Civil Veterinary Dept. Bombay admin report 1900-1906 - 1900-1906
Year: 1900
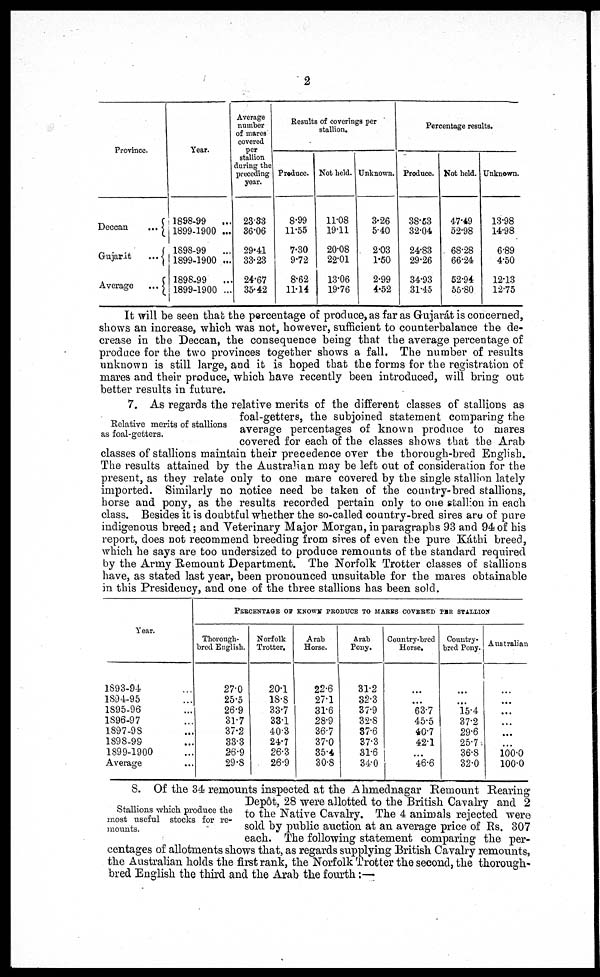
2
Province.
Dcccan
...
Gujarát
...
Average
...
Year.
1898-99 ...
1899-1900 ...
1898-99 ...
1899-1900 ...
1898.99 ...
1899-1900 ...
Average
number
of mares
covered
per
stallion
during the
preceding
year.
23.33
36.06
29.41
33.23
24.67
35.42
Results of coverings per
stallion.
Produce.
8.99
11.55
7.30
9.72
8.62
11.14
Not held.
11.08
19.11
20.08
22.01
13.06
19.76
Unknown.
3.26
5.40
2.03
1.50
2.99
4.52
Percentage results.
Produce.
38.53
32.04
24.83
29.26
34.93
31.45
Not held.
47.49
52.98
68.28
66.24
52.94
55.80
Unknown.
13.98
14.98
6.89
4.50
12.13
12.75
It will be seen that the percentage of produce, as far as Gujará is concerned,
shows an increase, which was not, however, sufficient to counterbalance the de-
crease in the Deccan, the consequence being that the average percentage of
produce for the two provinces together shows a fall. The number of results
unknown is still large, and it is hoped that the forms for the registration of
mares and their produce, which have recently been introduced, will bring out
better results in future.
Relative merits of stallions
as foal-getters.
7. As regards the relative merits of the different classes of stallions as
foal-getters, the subjoined statement comparing the
average percentages of known produce to mares
covered for each of the classes shows that the Arab
classes of stallions maintain their precedence oyer the thorough-bred English.
The results attained by the Australian may be left out of consideration for the
present, as they relate only to one mare covered by the single stallion lately
imported. Similarly no notice need be taken of the country-bred stallions,
horse and pony, as the results recorded pertain only to one stallion in each
class. Besides it is doubtful whether the so-called country-bred sires are of pure
indigenous breed; and Veterinary Major Morgan, in paragraphs 93 and 94 of his
report, does not recommend breeding from sires of even the pure Káthi breed,
which he says are too undersized to produce remounts of the standard required
by the Army Remount Department. The Norfolk Trotter classes of stallions
have, as stated last year, been pronounced unsuitable for the mares obtainable
in this Presidency, and one of the three stallions has been sold.
Year.
1893-94 ...
1894-95 ...
1895-96 ...
1896-97 ...
1897-98 ...
1898-99 ...
1899-1900 ...
Average
PERCENTAGE OF KNOWN PRODUCE TO MARES COVERED PER STALLION
Thorough-
bred English.
27.0
25.5
26.9
31.7
37.2
33.3
26.9
29.8
Norfolk
Trotter.
20.1
18.8
33.7
33.1
40.3
24.7
26.3
26.9
Arab
Horse.
22.6
27.1
31.6
28.9
36.7
37.0
35.4
30.8
Arab
Pony.
31.2
32.3
37.9
32.8
37. 0
37.3
31.6
34.0
Country-bred
Horse.
...
...
63.7
45.5
40.7
42.1
...
46.6
Country-
bred Pony.
...
...
15.4
37.2
29.6
25.7
36.8
32.0
Australian
...
...
...
...
...
...
100.0
100.0
Stallions which produce the
most useful stocks for re-
mounts.
8. Of the 34 remounts inspected at the Ahmednagar Remount Rearing
Depôt, 28 were allotted to the British Cavalry and 2
to the Native Cavalry. The 4 animals rejected were
sold by public auction at an average price of Rs. 307
each. The following statement comparing the per-
centages of allotments shows that, as regards supplying British Cavalry remounts,
the Australian holds the first rank, the Norfolk Trotter the second, the thorough-
bred English the third and the Arab the fourth :—